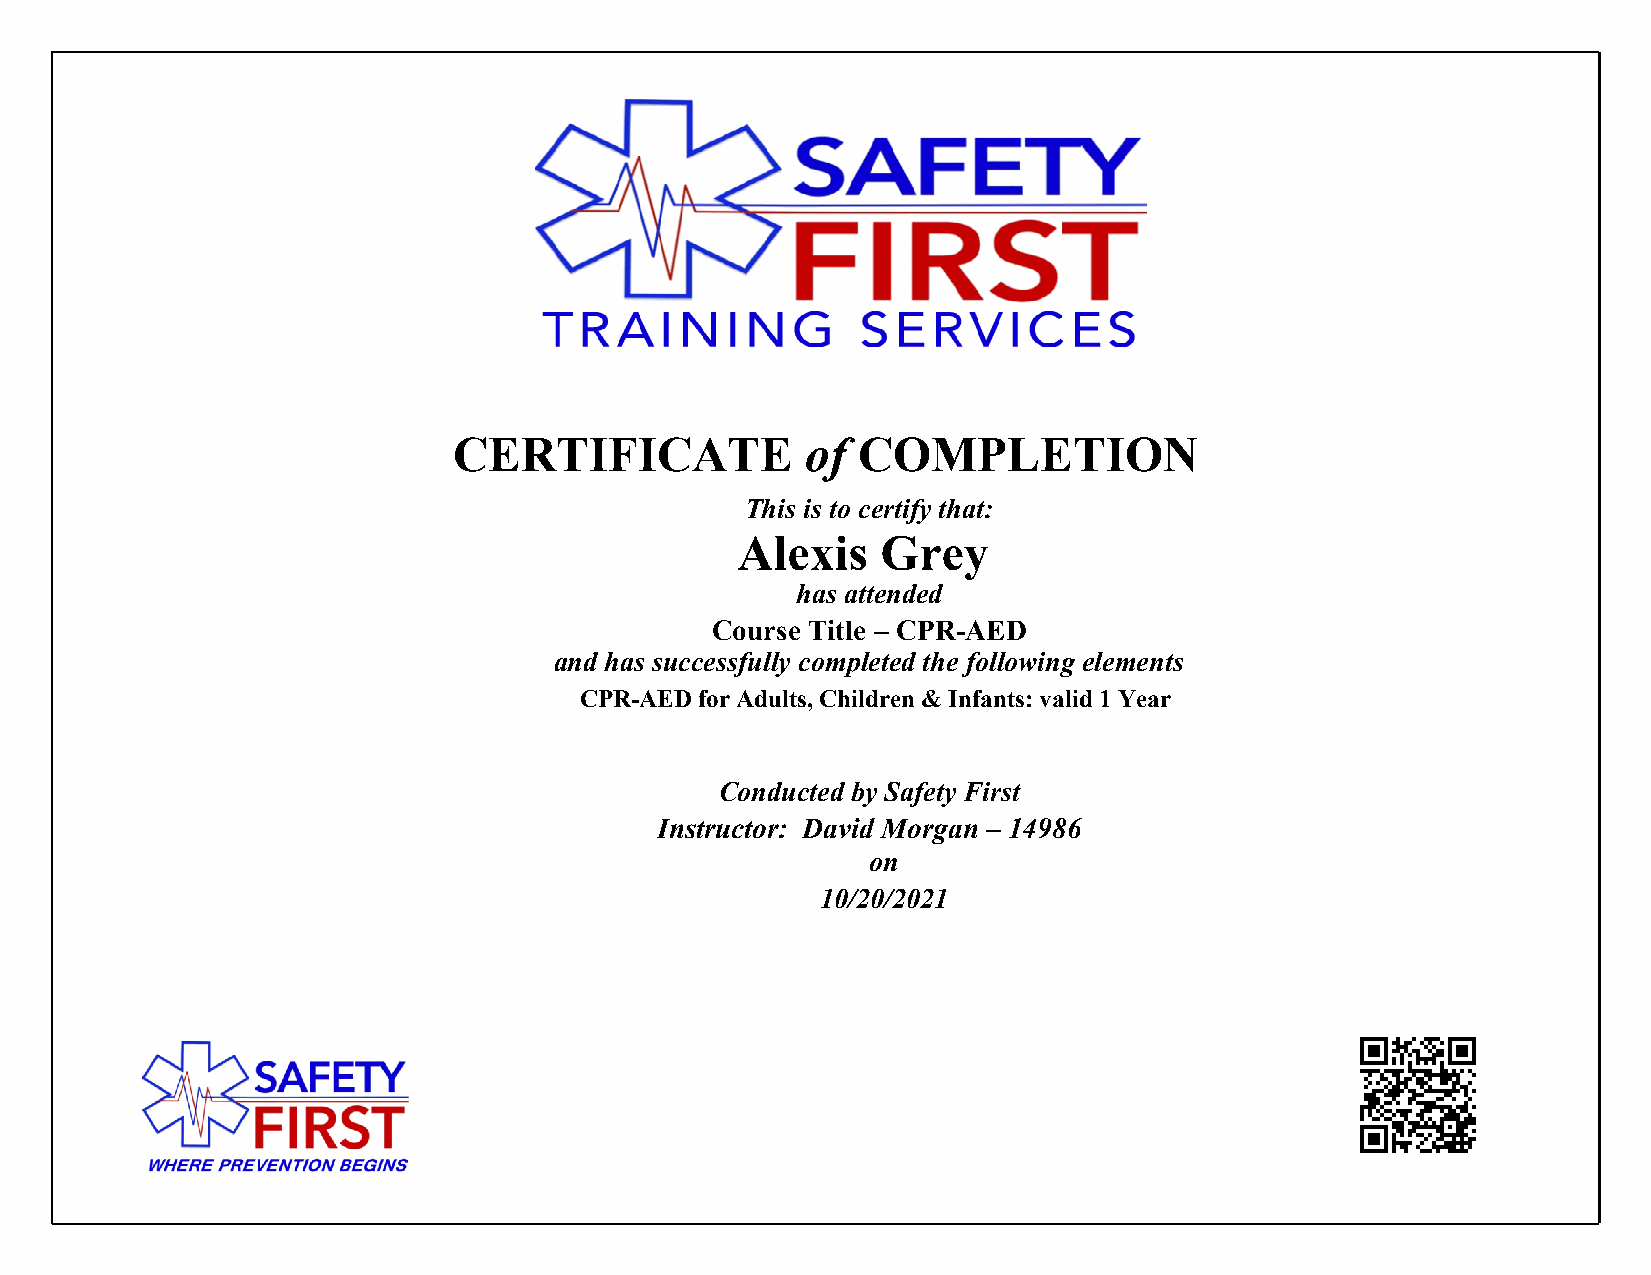
CERTIFICATE            of  COMPLETION
 This is to certify that:
 Alexis   Grey
 has attended
 Course Title – CPR-AED
 and has successfully completed the following elements
 CPR-AED for Adults, Children & Infants: valid 1 Year
 Conducted by Safety First
 Instructor: David Morgan – 14986
 on
 10/20/2021